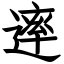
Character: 䢦